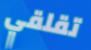
تقلقي